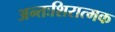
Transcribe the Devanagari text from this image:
अन्तःशिरात्मक